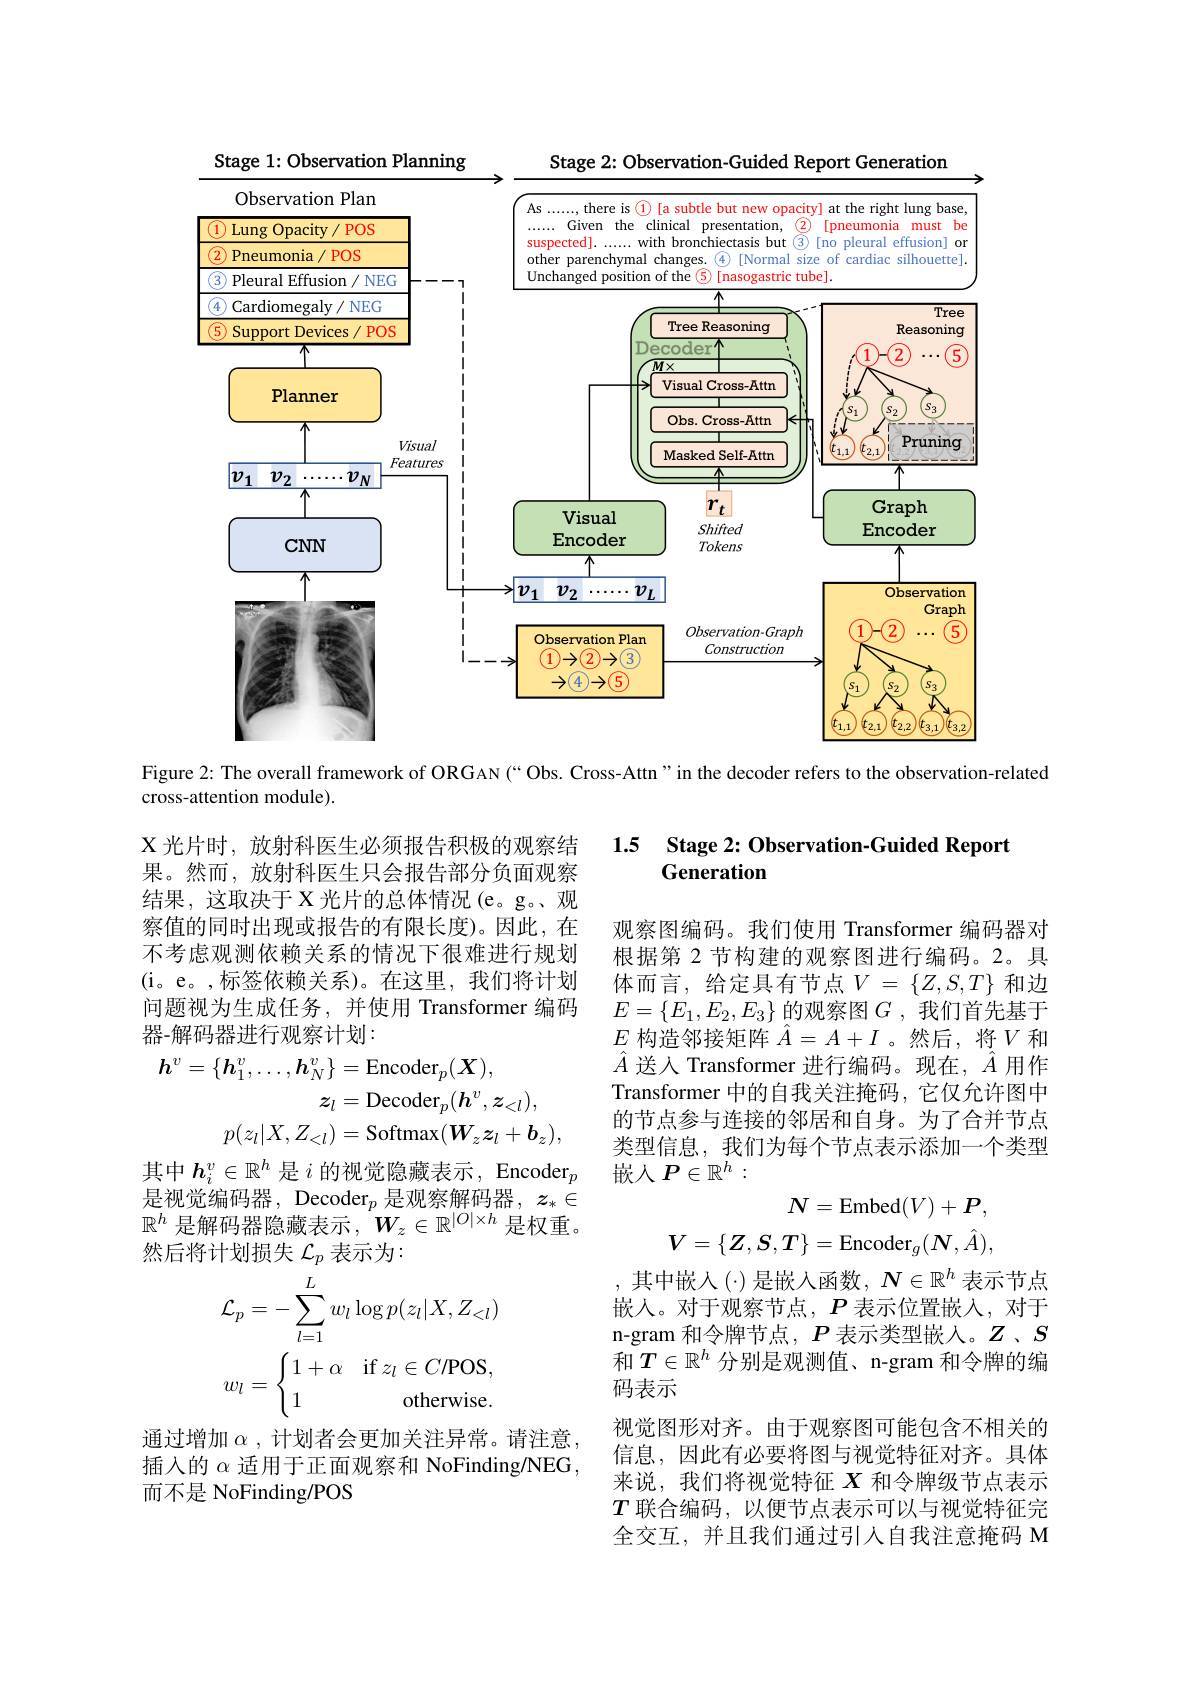
<FigureHere>

Figure 2: The overall framework of ORGAN (“ Obs. Cross-Attn" in the decoder refers to the observation-related

cross-attention module).

### 1.5 Stage $2: \textbf{Observation- Guided Report}$ Generation

X 光片时，放射科医生必须报告积极的观察结果。然而，放射科医生只会报告部分负面观察结果，这取决于 X 光片的总体情况(e。g。、观察值的同时出现或报告的有限长度)。因此，在不考虑观测依赖关系的情况下很难进行规划(i。e。,标签依赖关系)。在这里，我们将计划问题视为生成任务，并使用 Transformer 编码器-解码器进行观察计划：
$$\begin{aligned}\iota^{v}=\{\boldsymbol{h}_{1}^{v},\ldots,\boldsymbol{h}_{N}^{v}\}&=\mathrm{Encoder}_{p}(\boldsymbol{X}),\\\boldsymbol{z}_{l}&=\mathrm{Decoder}_{p}(\boldsymbol{h}^{v},\boldsymbol{z}_{<l}),\\p(z_{l}|X,Z_{<l})&=\mathrm{Softmax}(\boldsymbol{W}_{z}\boldsymbol{z}_{l}+\boldsymbol{b}_{z}),\\\end{aligned}$$
其中$h_i^v\in\mathbb{R}^h$是$i$ 的 视 觉 隐 藏 表 示 , Encoder$_p$ 是视觉编码器，Decoder$_p$是观察解码器$,z_*\in$ $\mathbb{R}^h$是解码器隐藏表示$,W_z\in\mathbb{R}^|O|\times h$是权重然后将计划损失$\mathcal{L}_p$表示为：

观察图编码。我们使用 Transformer 编码器对根据第 2 节构建的观察图讲行编码。2。具体而言，给定具有节点$V=\{Z,S,T\}$和边$E=\{E_1,E_2,E_3\}$的观察图$G$ ,我们首先基于$E$构造邻接矩阵$\hat{A}=A+I$ 。然后，将$V$和$\hat{A}$送入 Transformer 进行编码。现在，$\hat{A}$用作Transformer 中的自我关注掩码，它仅允许图中的节点参与连接的邻居和自身。为了合并节点类型信息，我们为每个节点表示添加一个类型嵌人$P\in\mathbb{R}^h:$
$$\begin{aligned}\boldsymbol{N}&=\mathrm{Embed}(V)+\boldsymbol{P},\\\boldsymbol{V}&=\{\boldsymbol{Z},\boldsymbol{S},\boldsymbol{T}\}=\mathrm{Encoder}_{g}(\boldsymbol{N},\hat{A}),\\\end{aligned}$$
,其中嵌人($\cdot ) 是 嵌 入 函 数 , N\in \mathbb{R} ^h$ 表 示 节 点 嵌入。对于观察节点，$P$表示位置嵌入，对于n-gram 和令牌节点，$P$表示类型嵌入。$Z$、$S$ 和$T\in\mathbb{R}^h$ 分别是观测值、n-gram 和令牌的编码表示
视觉图形对齐。由于观察图可能包含不相关的信息，因此有必要将图与视觉特征对齐。具体来说，我们将视觉特征$X$和令牌级节点表示$T$联合编码，以便节点表示可以与视觉特征完全交互，并且我们通过引入自我注意掩码 M
$$\begin{aligned}&\mathcal{L}_{p}=-\sum_{l=1}^{L}w_{l}\log p(z_{l}|X,Z_{<l})\\&w_{l}=\begin{cases}1+\alpha&\mathrm{if}\:z_l\in C/\mathrm{POS},\\1&\mathrm{otherwise}.\end{cases}\end{aligned}$$
通过增加$\alpha$,计划者会更加关注异常。请注意插入的$\alpha$适用于正面观察和 NoFinding/NEG , 而不是 NoFinding/POS